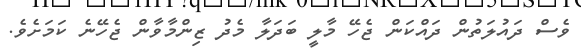
ވެސް ދައުލަތުން ދައްކަން ޖެހޭ މާލީ ބަދަލާ މެދު ޒިންމާވާން ޖެހޭނެ ކަމަށެވެ.